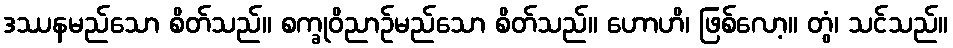
ဒဿနမည်သော စိတ်သည်။ စက္ခုဝိညာဉ်မည်သော စိတ်သည်။ ဟောဟိ၊ ဖြစ်လော့။ တွံ၊ သင်သည်။